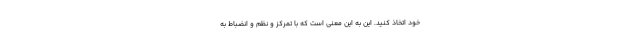
خود اتخاذ کنید. این به این معنی است که با تمرکز و نظم و انضباط به